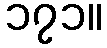
၁၇၁။